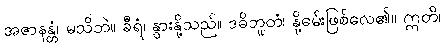
အဇာနန္တံ၊ မသိဘဲ။ ခီရံ၊ နွားနို့သည်။ ဒဓိဘူတံ၊ နို့ဓမ်းဖြစ်လေ၏။ ဣတိ၊